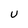
Character: U